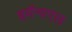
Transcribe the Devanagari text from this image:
इमॅन्यएल